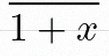
\frac{1}{1+x}